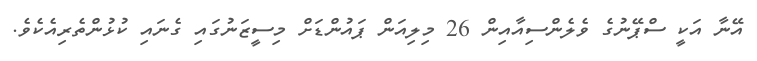
އޭނާ އަކީ ސްޕޭނުގެ ވެލެންސިއާއިން 26 މިލިއަން ޕައުންޑަށް މިސީޒަނުގައި ގެނައި ކުޅުންތެރިއެކެވެ.